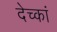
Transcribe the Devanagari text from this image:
देच्कां